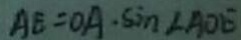
A E = O A \cdot \sin \angle A O E